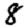
Digit: 8